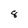
Character: 8